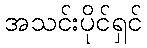
အသင်းပိုင်ရှင်